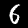
Label: 6